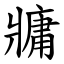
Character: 牅